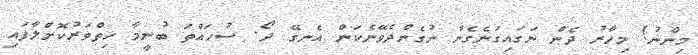
މިންނު! މިހާރު ދެން ނަގައިގަނެގެން ނުގެންދެވޭނެކަން އެނގޭ ދޯ. ސުހައްތަ ބުނީމާ ހިތްވަރުކޮށްލާފައި